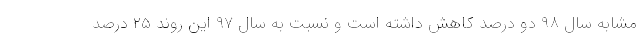
مشابه سال ۹۸ دو درصد کاهش داشته است و نسبت به سال ۹۷ این روند ۲۵ درصد